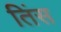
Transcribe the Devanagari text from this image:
तिंस